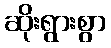
ဆိုးရွားစွာ